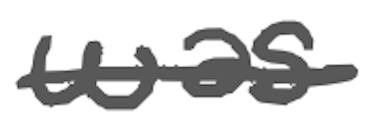
Text: was
Cross-out: single-line
Writing tool: digital_gray